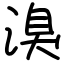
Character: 溴